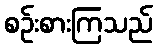
စဉ်းစားကြသည်